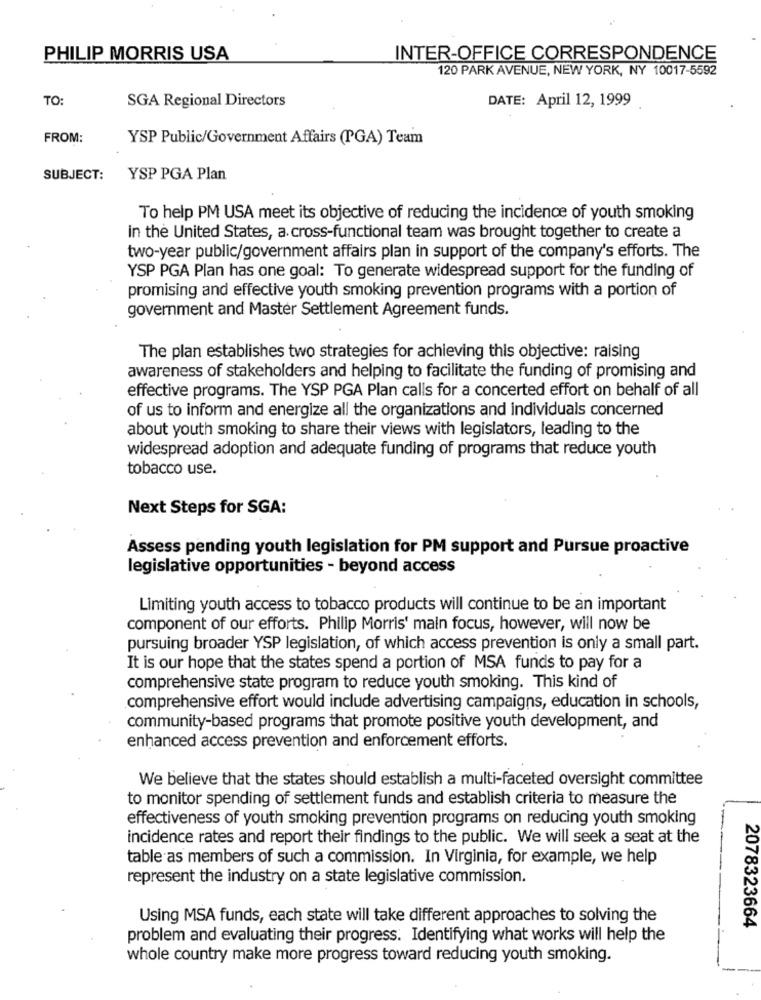
PHILIP MORRIS USA
INTER-OFFICE CORRESPONDENCE
120 PARK AVENUE, NEW YORK, NY 10017-5592
TO:
SGA Regional Directors
DATE: April 12, 1999
FROM:
YSP Public/Government Affairs (PGA) Team
SUBJECT:
YSP PGA Plan
To help PM USA meet its objective of reducing the incidence of youth smoking
in the United States, a cross-functional team was brought together to create a
two-year public/government affairs plan in support of the company's efforts. The
YSP PGA Plan has one goal: To generate widespread support for the funding of
promising and effective youth smoking prevention programs with a portion of
government and Master Settlement Agreement funds.
The plan establishes two strategies for achieving this objective: raising
awareness of stakeholders and helping to facilitate the funding of promising and
effective programs. The YSP PGA Plan calls for a concerted effort on behalf of all
of us to inform and energize all the organizations and individuals concerned
about youth smoking to share their views with legislators, leading to the
widespread adoption and adequate funding of programs that reduce youth
tobacco use.
Next Steps for SGA:
Assess pending youth legislation for PM support and Pursue proactive
legislative opportunities - beyond access
Limiting youth access to tobacco products will continue to be an important
component of our efforts. Philip Morris' main focus, however, will now be
pursuing broader YSP legislation, of which access prevention is only a small part.
It is our hope that the states spend a portion of MSA funds to pay for a
comprehensive state program to reduce youth smoking. This kind of
comprehensive effort would include advertising campaigns, education in schools,
community-based programs that promote positive youth development, and
enhanced access prevention and enforcement efforts.
We believe that the states should establish a multi-faceted oversight committee
to monitor spending of settlement funds and establish criteria to measure the
effectiveness of youth smoking prevention programs on reducing youth smoking
incidence rates and report their findings to the public. We will seek a seat at the
table as members of such a commission. In Virginia, for example, we help
represent the industry on a state legislative commission.
Using MSA funds, each state will take different approaches to solving the
2078323664
problem and evaluating their progress. Identifying what works will help the
whole country make more progress toward reducing youth smoking.